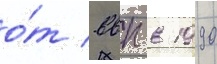
о́т ввп в 1990